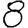
Digit: 8